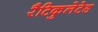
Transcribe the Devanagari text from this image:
रैटिकुलेटेड